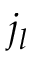
j _ { l }